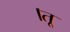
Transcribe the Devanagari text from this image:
।तू